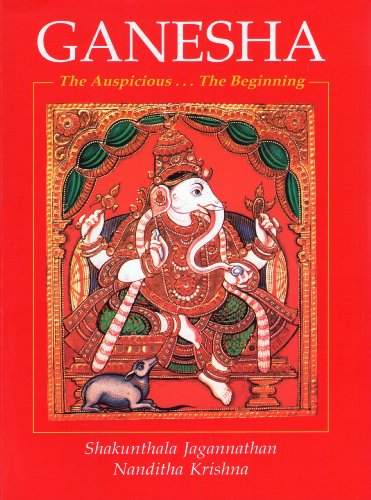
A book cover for Ganesha/The Auspicious...The Beginning; Shakuntala Jagannathan & Nanditha Krishna; Religion & Spirituality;